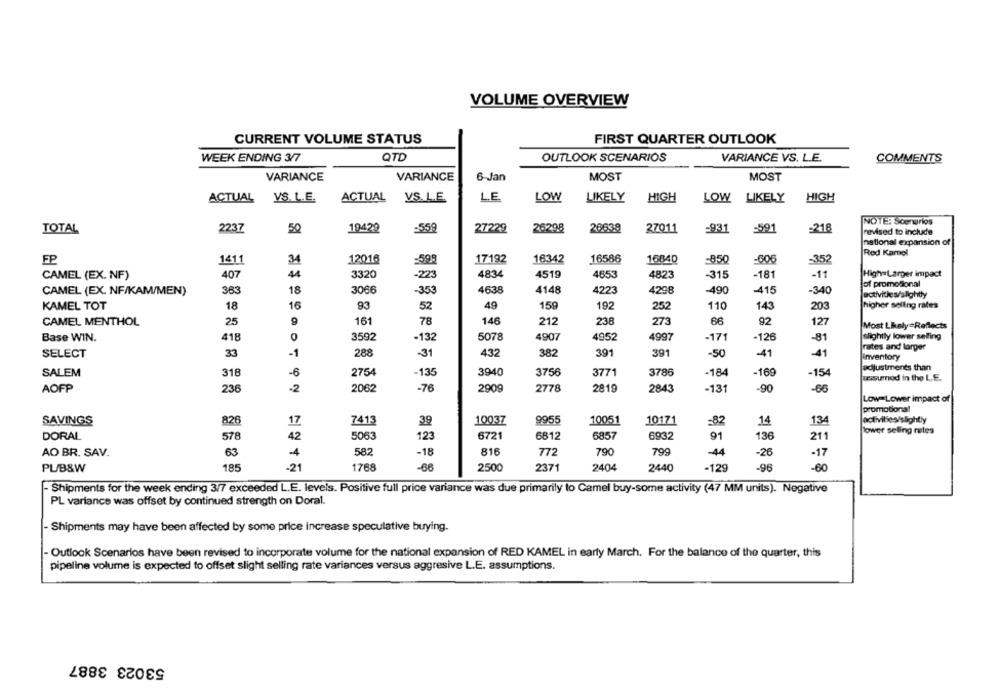
VOLUME OVERVIEW
CURRENT VOLUME STATUS
FIRST QUARTER OUTLOOK
WEEK ENDING 3/7
QTD
OUTLOOK SCENARIOS
VARIANCE VS. L.E.
COMMENTS
VARIANCE
VARIANCE
6 Jan
MOST
MOST
ACTUAL
VS. L.E.
ACTUAL VS.L.E.
L.E.
LOW
LIKELY
HIGH
LOW
LIKELY
HIGH
NOTE: Scenarios
TOTAL
2237
19429
-558
27229
26298
20838
27011
-931
=591
-218
50
revised to include
national expansion of
Red Kamel
FP
1411
34
12016
=599
17192
16342
16586
16840
-850
-606
-352
CAMEL (EX. NF)
407
44
3320
-223
4834
4519
4653
4823
-315
-181
-11
High-Larger impact
of promotional
CAMEL (EX. NF/KAM/MEN)
363
18
3066
-353
4638
4148
4223
4298
-490
-415
-340
activities/slightly
KAMEL TOT
93
49
159
192
252
110
143
18
16
52
203
higher selling rates
CAMEL MENTHOL
25
161
78
146
212
238
273
66
92
127
Most Likely=Reflects
Base WIN.
418
0
3592
-132
5078
4907
4952
4997
-171
-126
-81
slightly lower selling
rates and larger
SELECT
33
-1
288
-31
432
382
391
391
-50
-41
-41
inventory
adjustments than
SALEM
318
-6
2754
-135
3940
3756
3771
3786
-184
-169
-154
Jussumed in the L.E.
AOFP
236
-76
2778
2819
-131
-90
-66
2062
2909
2843
Low-Lower impact of
promotional
SAVINGS
826
17
7413
39
10037
9955
10051
10171
=82
14
134
activities/slightly
DORAL
578
42
5063
123
6721
6812
6857
6932
91
136
211
lower selling rates
816
790
799
AO BR. SAV.
63
-4
582
-18
772
-44
-26
-17
PL/B&W
185
-21
1768
-68
2500
2371
2404
2440
-129
-96
-60
Shipments for the week ending 3/7 exceeded L.E. levels. Positive full price variance was due primarily to Camel buy-some activity (47 MM units). Negative
PL variance was offset by continued strength on Doral.
- Shipments may have been affected by some price increase speculative buying.
- Outlook Scenarios have been revised to incorporate volume for the national expansion of RED KAMEL in early March. For the balance of the quarter, this
pipeline volume is expected to offset slight selling rate variances versus aggresive L.E. assumptions.
53023 3887